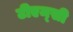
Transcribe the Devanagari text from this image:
टीएम्‌सी